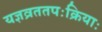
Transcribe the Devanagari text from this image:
यज्ञव्रततपःक्रियाः